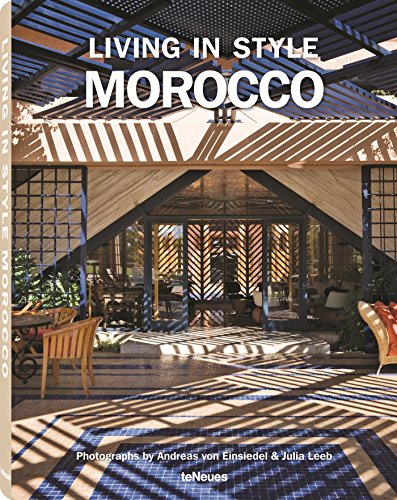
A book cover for Living in Style: Morocco; Travel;